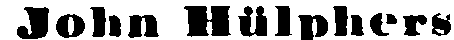
Jolin Hülphers.